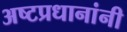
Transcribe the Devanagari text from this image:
अष्टप्रधानांनी